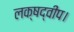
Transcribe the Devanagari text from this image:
लक्षद्वीप।